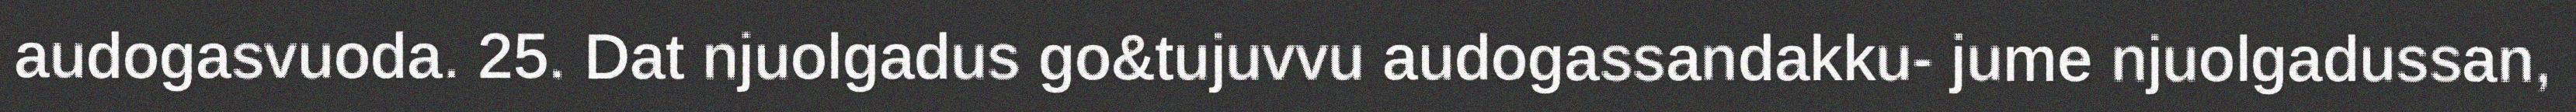
audogasvuoda. 25. Dat njuolgadus go&tujuvvu audogassandakku- jume njuolgadussan,